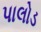
પાલોડ